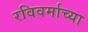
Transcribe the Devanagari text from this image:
रविवर्माच्या